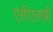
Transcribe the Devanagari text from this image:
एसीएलएबी